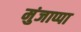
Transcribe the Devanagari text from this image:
मुंजाप्पा